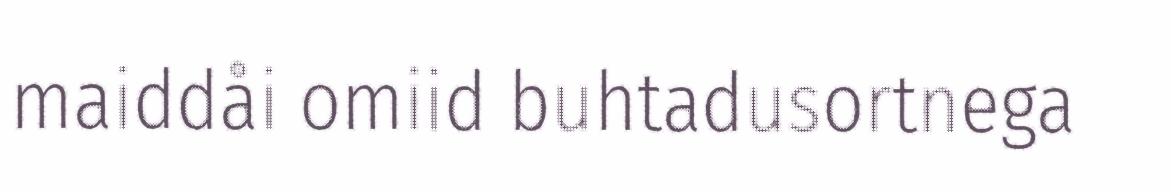
maiddåi omiid buhtadusortnega